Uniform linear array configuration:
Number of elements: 4
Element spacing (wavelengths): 0.25
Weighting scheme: binomial
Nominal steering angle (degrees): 30
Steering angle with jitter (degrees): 29.46
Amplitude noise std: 0.05
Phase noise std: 0.05

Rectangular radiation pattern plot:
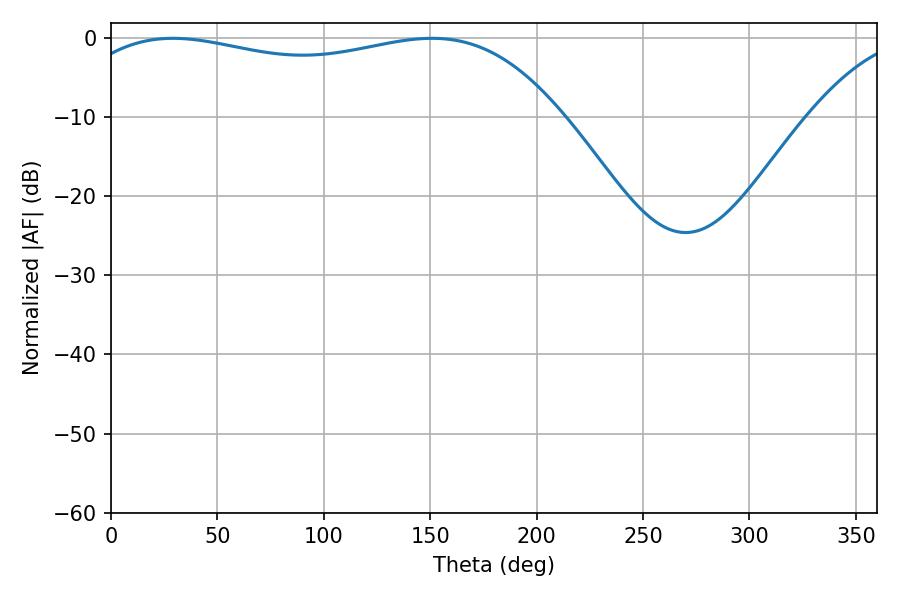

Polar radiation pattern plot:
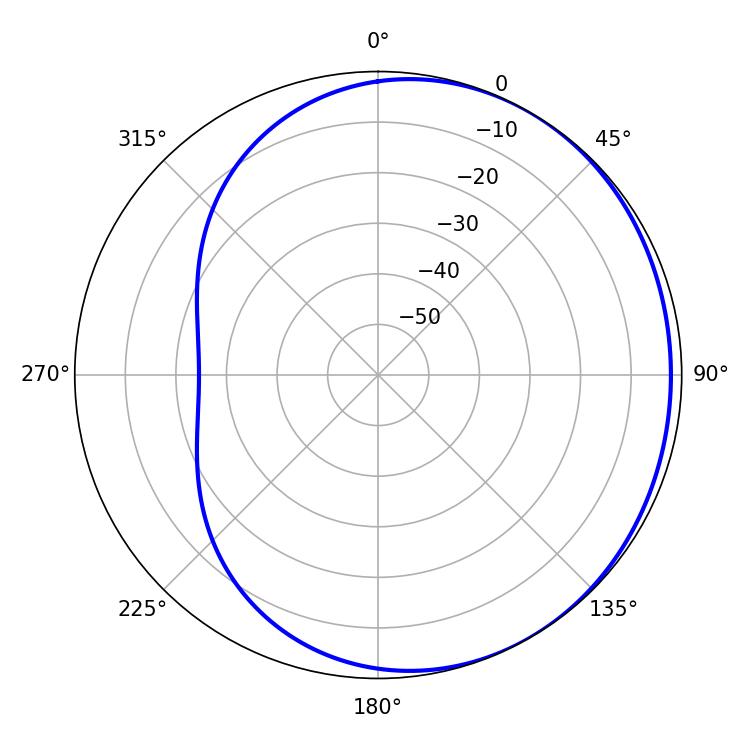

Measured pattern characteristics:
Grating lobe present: FALSE
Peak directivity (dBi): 1.38
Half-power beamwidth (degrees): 186.48
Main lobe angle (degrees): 29.16